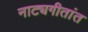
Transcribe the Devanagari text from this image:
नाट्यगीतांत